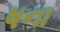
ષના